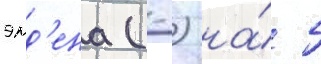
эмд'ена (-) на́ 5